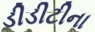
ડીડીટીના